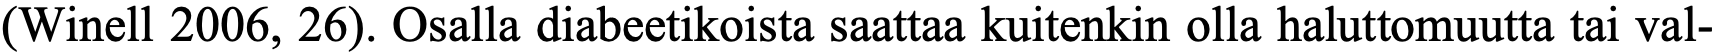
(Winell 2006, 26). Osalla diabeetikoista saattaa kuitenkin olla haluttomuutta tai val-